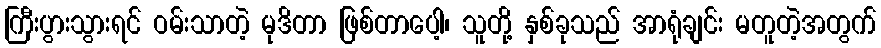
ကြီးပွားသွားရင် ဝမ်းသာတဲ့ မုဒိတာ ဖြစ်တာပေါ့၊ သူတို့ နှစ်ခုသည် အာရုံချင်း မတူတဲ့အတွက်